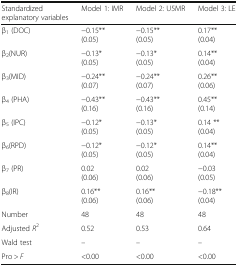
| Standardized explanatory variables | Model 1: IMR | Model 2: U5MR | Model 3: LE |
 | --- | --- | --- | --- |
 | β1 (DOC) | −0.15**(0.05) | −0.15**(0.05) | 0.17**(0.04) |
 | β2(NUR) | −0.13*(0.05) | −0.13*(0.05) | 0.14**(0.04) |
 | β3(MID) | −0.24**(0.07) | −0.24**(0.07) | 0.26**(0.06) |
 | β4 (PHA) | −0.43**(0.16) | −0.43**(0.16) | 0.45**(0.14) |
 | β5 (IPC) | −0.12*(0.05) | −0.13*(0.05) | 0.14 **(0.04) |
 | β6(RPD) | −0.12*(0.05) | −0.12*(0.05) | 0.14**(0.04) |
 | β7 (PR) | 0.02(0.06) | 0.02(0.06) | −0.03(0.05) |
 | β8(IR) | 0.16**(0.06) | 0.16**(0.06) | −0.18**(0.04) |
 | Number | 48 | 48 | 48 |
 | Adjusted R2 | 0.52 | 0.53 | 0.64 |
 | Wald test | – | – | – |
 | Pro > F | <0.00 | <0.00 | <0.00 |